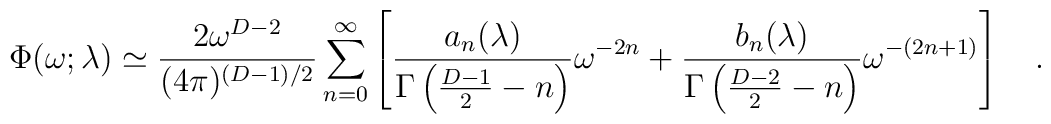
\Phi(\omega;\lambda)\simeq{2 \omega^{D-2} \over (4\pi)^{(D-1)/2}}\sum_{n=0}^\infty\left[{a_n(\lambda)\over \Gamma\left({D-1 \over 2}-n\right)}\omega^{-2n}+{b_n (\lambda)\over \Gamma\left({D-2 \over 2}-n\right)}\omega^{-(2n+1)}\right]~~~.